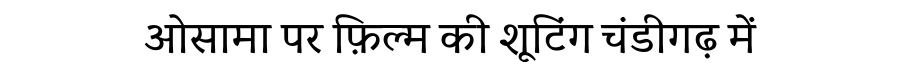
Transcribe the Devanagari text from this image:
ओसामा पर फ़िल्म की शूटिंग चंडीगढ़ में